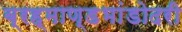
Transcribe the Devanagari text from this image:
ब्रह्माण्डभांडोदरी